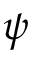
\boldsymbol { \psi }